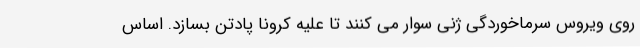
روی ویروس سرماخوردگی ژنی سوار می کنند تا علیه کرونا پادتن بسازد. اساس